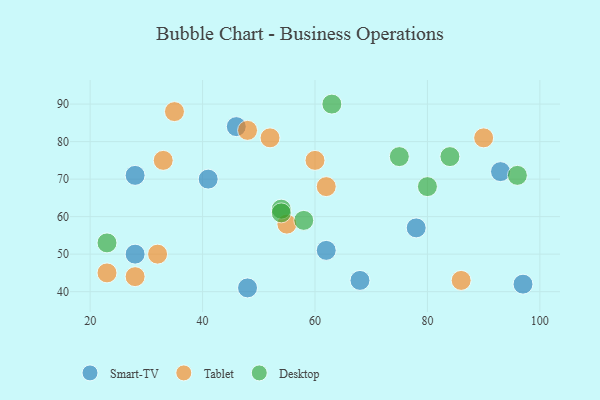
{"axis": {"x": "GDP", "y": "Life Expectancy"}, "legend": ["Desktop", "Smart-TV", "Tablet"], "data": [{"x": "93", "y": 72, "type": "Smart-TV"}, {"x": "48", "y": 41, "type": "Smart-TV"}, {"x": "46", "y": 84, "type": "Smart-TV"}, {"x": "41", "y": 70, "type": "Smart-TV"}, {"x": "28", "y": 71, "type": "Smart-TV"}, {"x": "28", "y": 50, "type": "Smart-TV"}, {"x": "62", "y": 51, "type": "Smart-TV"}, {"x": "97", "y": 42, "type": "Smart-TV"}, {"x": "68", "y": 43, "type": "Smart-TV"}, {"x": "78", "y": 57, "type": "Smart-TV"}, {"x": "32", "y": 50, "type": "Tablet"}, {"x": "86", "y": 43, "type": "Tablet"}, {"x": "23", "y": 45, "type": "Tablet"}, {"x": "33", "y": 75, "type": "Tablet"}, {"x": "48", "y": 83, "type": "Tablet"}, {"x": "55", "y": 58, "type": "Tablet"}, {"x": "35", "y": 88, "type": "Tablet"}, {"x": "62", "y": 68, "type": "Tablet"}, {"x": "28", "y": 44, "type": "Tablet"}, {"x": "60", "y": 75, "type": "Tablet"}, {"x": "52", "y": 81, "type": "Tablet"}, {"x": "90", "y": 81, "type": "Tablet"}, {"x": "75", "y": 76, "type": "Desktop"}, {"x": "80", "y": 68, "type": "Desktop"}, {"x": "58", "y": 59, "type": "Desktop"}, {"x": "96", "y": 71, "type": "Desktop"}, {"x": "23", "y": 53, "type": "Desktop"}, {"x": "84", "y": 76, "type": "Desktop"}, {"x": "54", "y": 62, "type": "Desktop"}, {"x": "54", "y": 61, "type": "Desktop"}, {"x": "63", "y": 90, "type": "Desktop"}]}